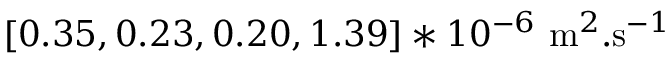
[ 0 . 3 5 , 0 . 2 3 , 0 . 2 0 , 1 . 3 9 ] * 1 0 ^ { - 6 } ~ \mathrm { m } ^ { 2 } . \mathrm { s } ^ { - 1 }